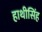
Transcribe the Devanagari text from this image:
हाथीसिंह